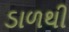
ડાળથી